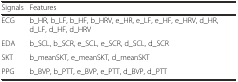
| Signals | Features |
 | --- | --- |
 | ECG | b_HR, b_LF, b_HF, b_HRV, e_HR, e_LF, e_HF, e_HRV, d_HR, d_LF, d_HF, d_HRV |
 | EDA | b_SCL, b_SCR, e_SCL, e_SCR, d_SCL, d_SCR |
 | SKT | b_meanSKT, e_meanSKT, d_meanSKT |
 | PPG | b_BVP, b_PTT, e_BVP, e_PTT, d_BVP, d_PTT |